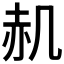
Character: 𮰊